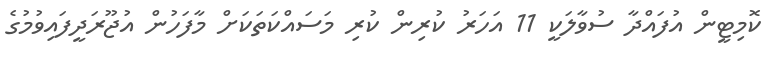
ކޮމިޓީން އުފައްދާ ސުވާލަކީ 11 އަހަރު ކުރިން ކުރި މަސައްކަތަކަށް މާފަހުން އުޖޫރަދީފައިވުމުގެ